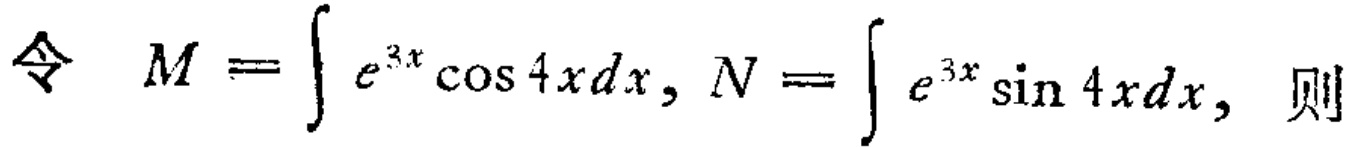
令 \(M = \int e^{3x} \cos 4x dx, N = \int e^{3x} \sin 4x dx,\) 则